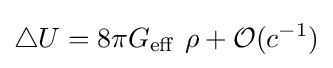
\triangle U=8\pi G_{\mathrm {eff} }~\rho +{\mathcal {O}}(c^{-1})